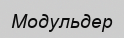
Модульдер